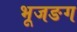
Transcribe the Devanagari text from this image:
भूजङग